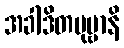
အခါဒိတပုဗ္ဗာနိ